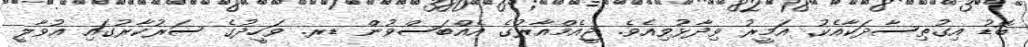
ބޮޑު އިގުތިސާދަކާއެކު